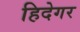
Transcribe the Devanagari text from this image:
हिदेगर